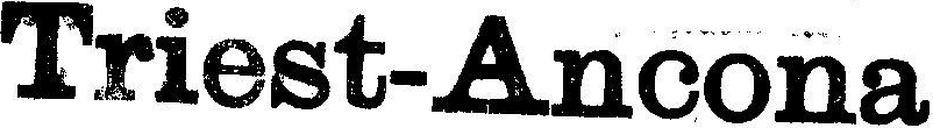
Triest-Ancona